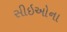
સીઇઓના